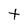
Character: t